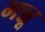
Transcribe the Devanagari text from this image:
भन्नू